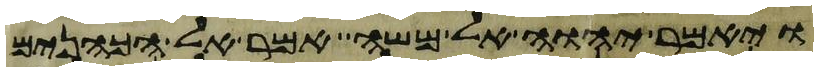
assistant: ויאמר יהוה אל משה אמר אל הכהנים